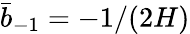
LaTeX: \bar{b}_{-1}=-1/(2H)